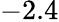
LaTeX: \mathrm{-2.4}